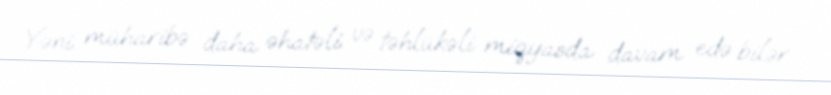
Yəni müharibə daha əhatəli və təhlükəli miqyasda davam edə bilər.